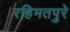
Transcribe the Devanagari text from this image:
रहिमतपुरे